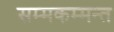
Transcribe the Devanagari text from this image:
सम्मकम्मन्त